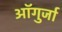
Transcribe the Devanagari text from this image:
ऑगुर्जा